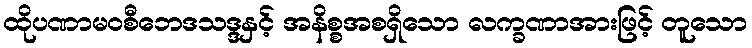
ထိုပဏာမဝစီဘေဒသဒ္ဒနှင့် အနိစ္စအစရှိသော လက္ခဏာအားဖြင့် တူသော